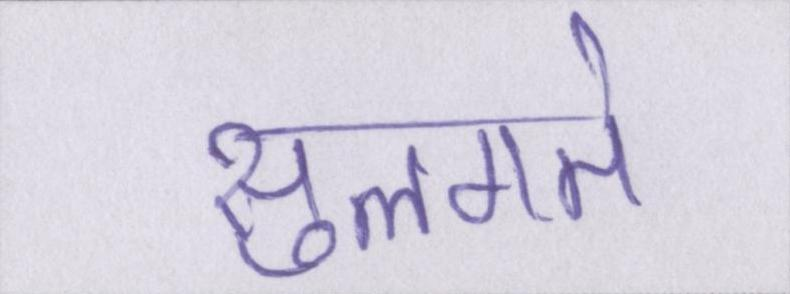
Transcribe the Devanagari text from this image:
सुलगते